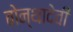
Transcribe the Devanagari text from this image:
बोन्थादेवी